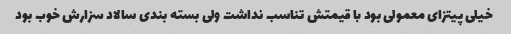
خیلی پیتزای معمولی بود با قیمتش تناسب نداشت ولی بسته بندی سالاد سزارش خوب بود